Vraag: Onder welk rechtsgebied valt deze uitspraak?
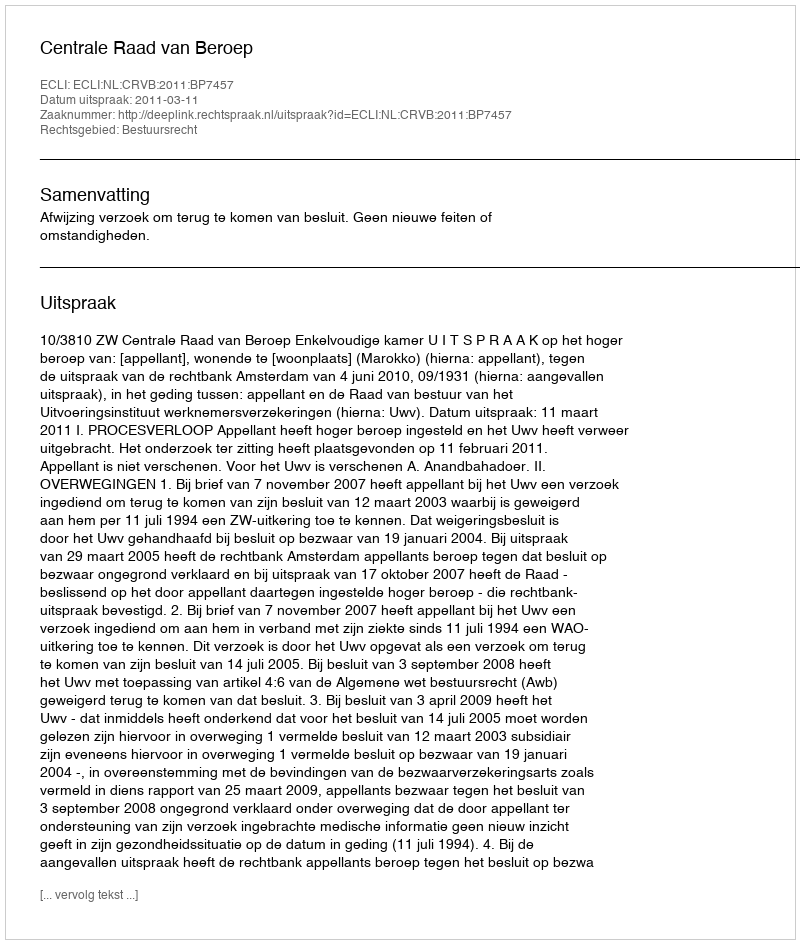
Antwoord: Bestuursrecht